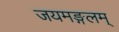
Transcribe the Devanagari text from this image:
जयमङ्गलम्‌